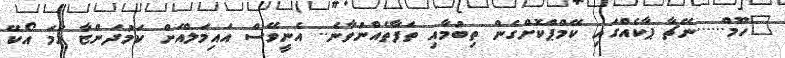
"ހޫމް......ނޭޗާ ޕާކެއްގައި ކޭމްޕްކޮށްގެން ތިބުމާއި ތަފާތެއްނުވާނެ.. އެނީވޭސް އައިމަލްއަށް ކަމުދަންޏާ ހަމަ އޯކޭ